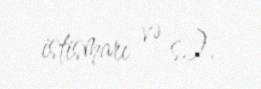
istismarı və s.).